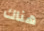
هناك